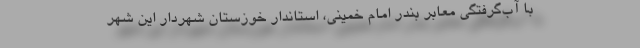
با آب‌گرفتگی معابر بندر امام خمینی، استاندار خوزستان شهردار این شهر